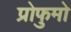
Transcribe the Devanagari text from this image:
प्रोफुमो